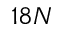
1 8 N